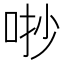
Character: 𠳕